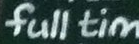
full tim